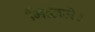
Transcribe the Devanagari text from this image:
मिळाले।